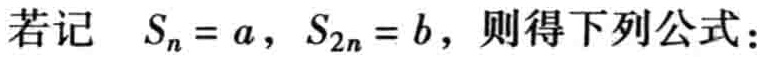
若记 \(S_{n}=a,\ S_{2n}=b\)，则得下列公式：